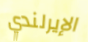
الإيرلندي